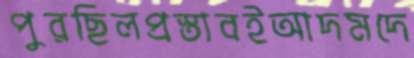
পুরছিলপ্রস্তাবইআদমদে